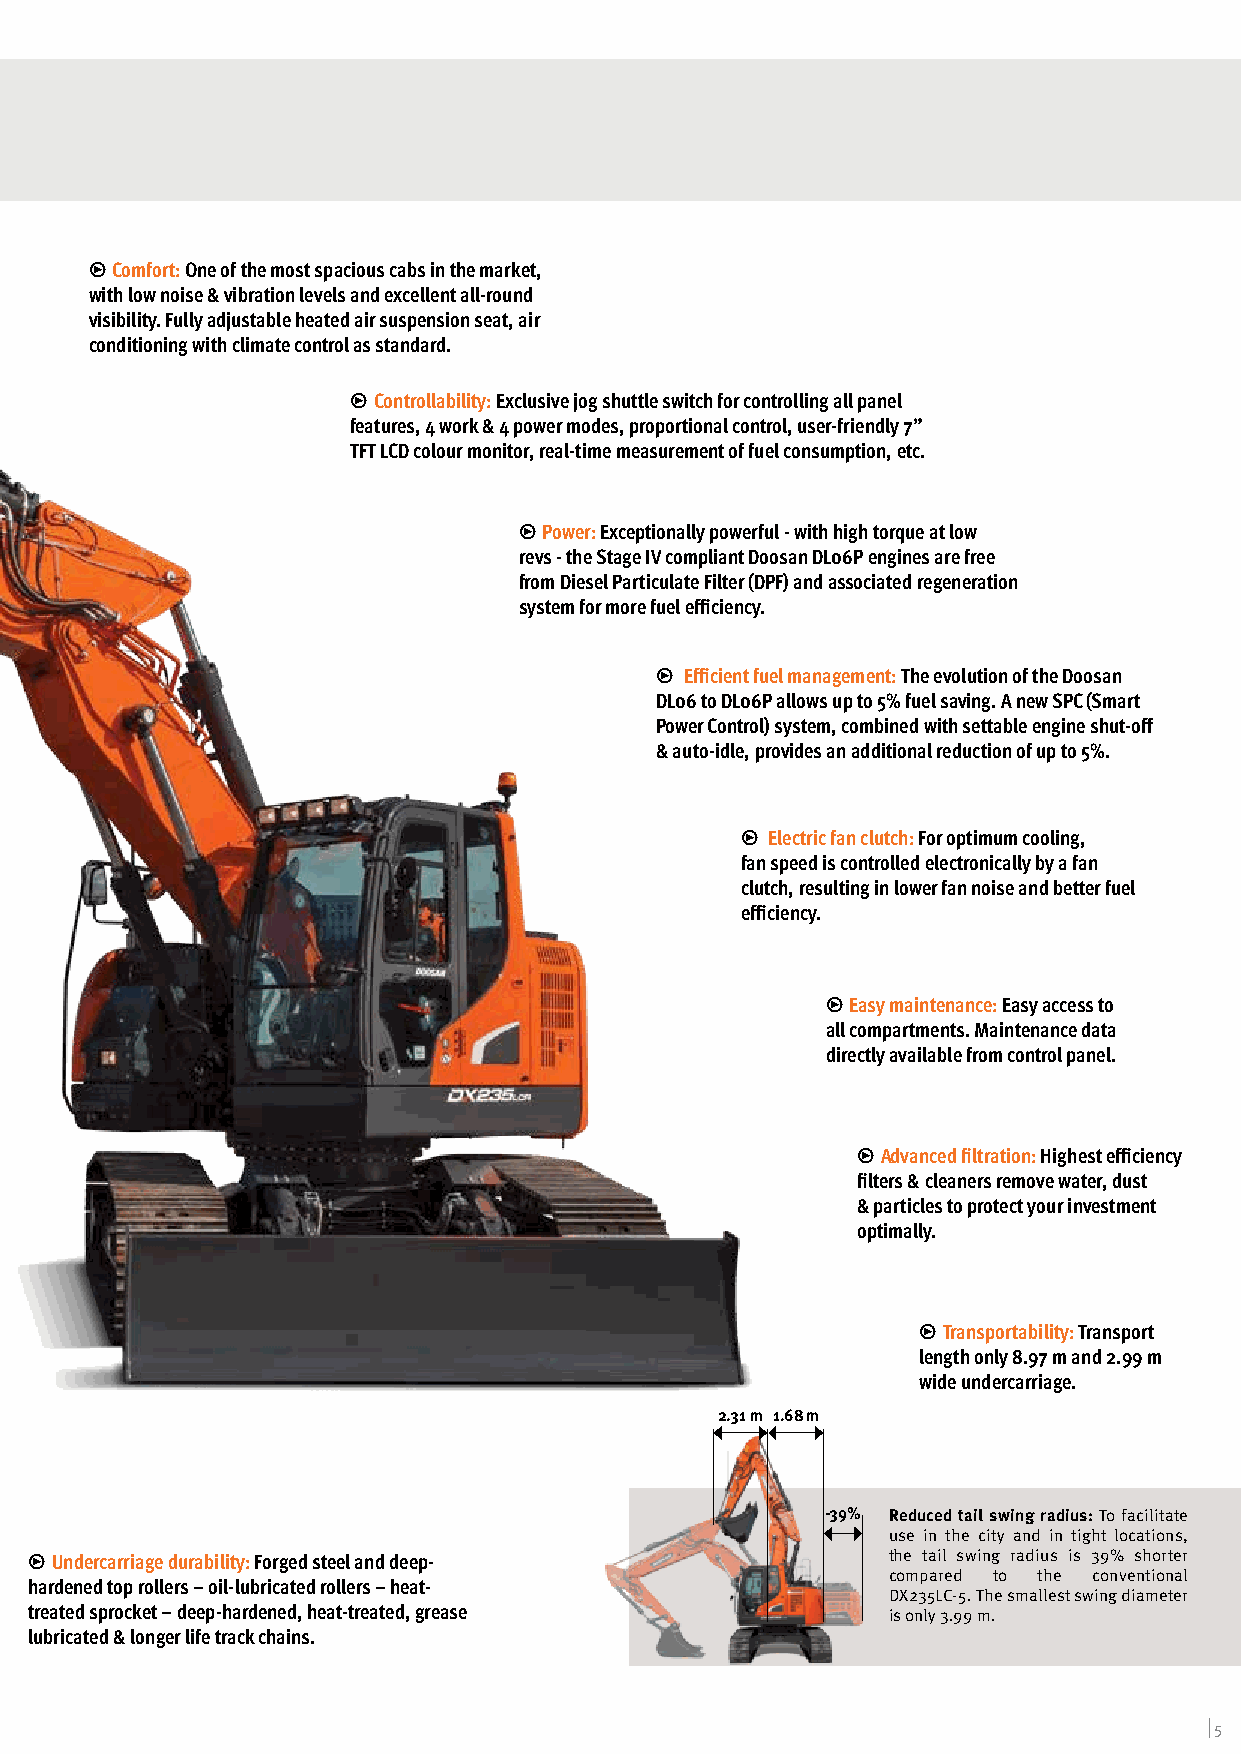
̮ Comfort: One of the most spacious cabs in the market,
 with low noise & vibration levels and excellent all-round
 visibility. Fully adjustable heated air suspension seat, air
 conditioning with climate control as standard.
 ̮ Controllability: Exclusive jog shuttle switch for controlling all panel
 features, 4 work & 4 power modes, proportional control, user-friendly 7”
 TFT LCD colour monitor, real-time measurement of fuel consumption, etc.
 ̮ Power: Exceptionally powerful - with high torque at low
 revs - the Stage IV compliant Doosan DL06P engines are free
 from Diesel Particulate Filter (DPF) and associated regeneration
 system for more fuel efficiency.
 ̮ Efficient fuel management: The evolution of the Doosan
 DL06 to DL06P allows up to 5% fuel saving. A new SPC (Smart
 Power Control) system, combined with settable engine shut-off
 & auto-idle, provides an additional reduction of up to 5%.
 ̮ Electric fan clutch: For optimum cooling,
 fan speed is controlled electronically by a fan
 clutch, resulting in lower fan noise and better fuel
 efficiency.
 ̮ Easy maintenance: Easy access to
 all compartments. Maintenance data
 directly available from control panel.
 ̮ Advanced filtration: Highest efficiency
 filters & cleaners remove water, dust
 & particles to protect your investment
 optimally.
 ̮ Transportability: Transport
 length only 8.97 m and 2.99 m
 wide undercarriage.
 2.31 m 1.68 m
 -39% Reduced tail swing radius: To facilitate
 use in the city and in tight locations,
 ̮ Undercarriage durability: Forged steel and deep-       the tail swing radius is 39% shorter
 compared to the conventional
 hardened top rollers – oil-lubricated rollers – heat-
 DX235LC-5. The smallest swing diameter
 treated sprocket – deep-hardened, heat-treated, grease   is only 3.99 m.
 lubricated & longer life track chains.
 | 5